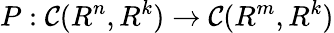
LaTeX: P:\mathcal{C}(R^{n},R^{k})\to\mathcal{C}(R^{m},R^{k})